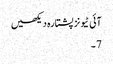
آئی ٹیونز پشتارہ دیکھیں
7 ۔